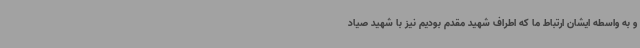
و به واسطه ایشان ارتباط ما که اطراف شهید مقدم بودیم نیز با شهید صیاد